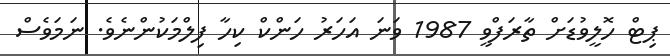
ޕިޓް ހޮލީވުޑަށް ތާރަފްވީ 1987 ވަނަ އަހަރު ހަންކް ކިހާ ފިލްމަކުންނެވެ. ނަމަވެސް